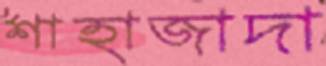
শাহাজাদা